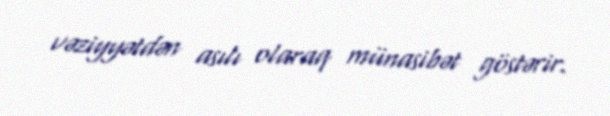
vəziyyətdən asılı olaraq münasibət göstərir.